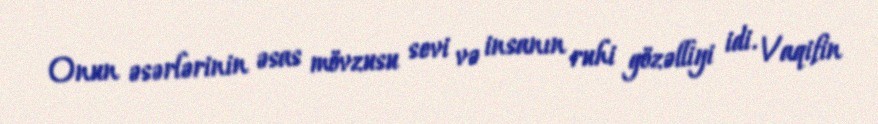
Onun əsərlərinin əsas mövzusu sevi və insanın ruhi gözəlliyi idi. Vaqifin